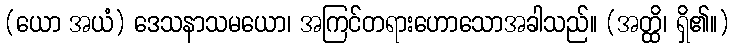
(ယော အယံ) ဒေသနာသမယော၊ အကြင်တရားဟောသောအခါသည်။ (အတ္ထိ၊ ရှိ၏။)